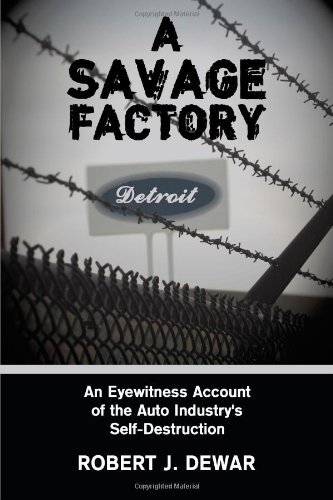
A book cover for A Savage Factory: An Eyewitness Account of the Auto Industry's Self-Destruction; Robert J. Dewar; Business & Money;